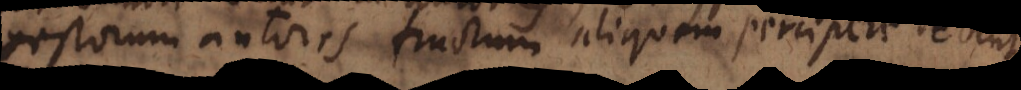
gestorum autores fructum aliquem percipere